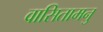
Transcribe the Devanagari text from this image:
वासितामनु